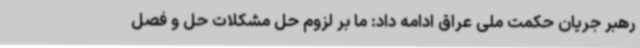
رهبر جریان حکمت ملی عراق ادامه داد: ما بر لزوم حل مشکلات حل و فصل